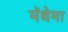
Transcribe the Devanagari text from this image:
मॅथेमा